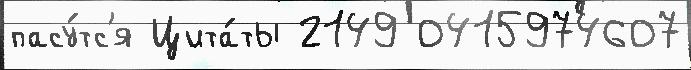
пасу́тс'я Цита́ты 2149 0415974607